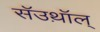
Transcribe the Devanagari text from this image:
सॅउथ़ॉल्